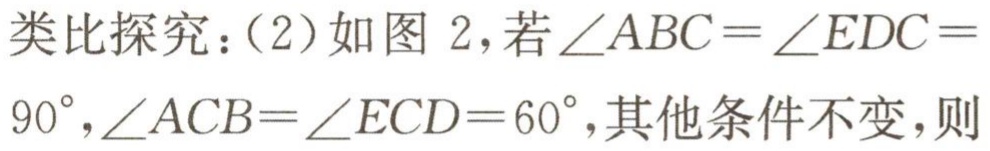
类比探究：（2）如图 2，若\(\angle ABC = \angle EDC = 90^{\circ},\angle ACB=\angle ECD = 60^{\circ}\)，其他条件不变，则